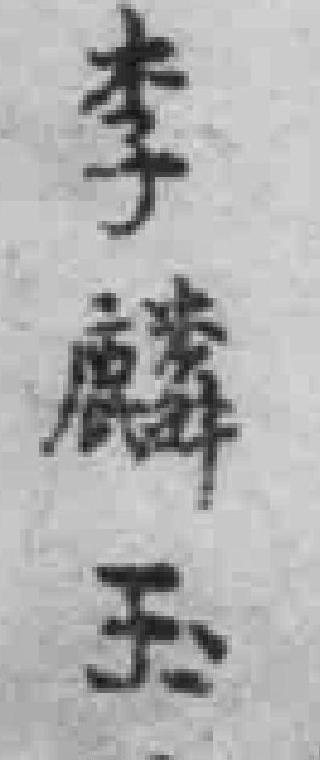
李麟玉